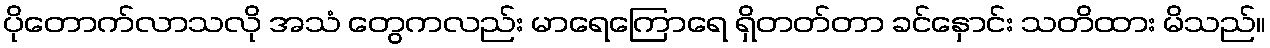
ပိုတောက်လာသလို အသံ တွေကလည်း မာရေကြောရေ ရှိတတ်တာ ခင်နှောင်း သတိထား မိသည်။